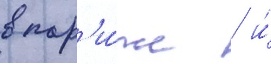
в пар'и́же / и́